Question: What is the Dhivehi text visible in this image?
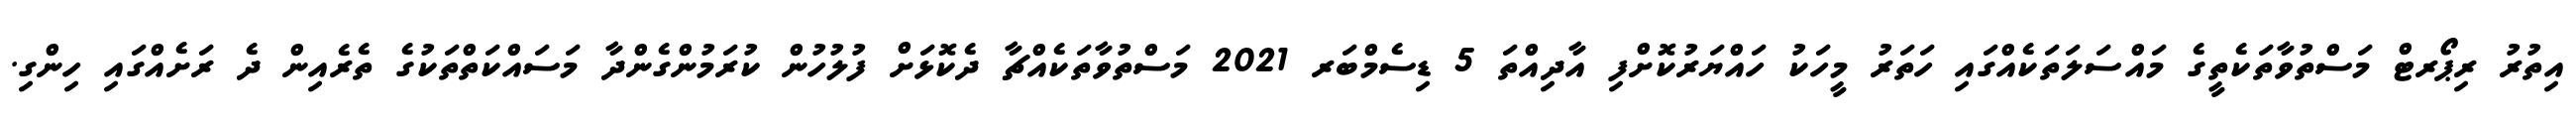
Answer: އިތުރު ރިޕޯރޓް މަސްތުވާތަކެތީގެ މައްސަލަތަކެއްގައި ހަތަރު މީހަކު ހައްޔަރުކޮށްފި އާދިއްތަ 5 ޑިސެމްބަރ 2021 މަސްތުވާތަކެއްޗާ ދެކޮޅަށް ފުލުހުން ކުރަމުންގެންދާ މަސައްކަތްތަކުގެ ތެރެއިން ދެ ރަށެއްގައި ހިންގި.